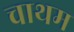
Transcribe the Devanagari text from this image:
चाथम